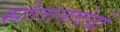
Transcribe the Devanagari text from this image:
सीतलादेवी